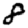
Digit: 8